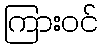
ကြားဝင်